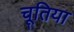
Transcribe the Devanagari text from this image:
चूतिया